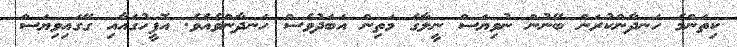
ކިތަންމެ ހަނދާންކުރަން ބޭނުން ނުވިޔަސް ނީލާގެ މަތިން އަބަދުވެސް ހަނދާންވެއެވެ. އޮފީހުގައާއި ގޭގައިވިޔަސް